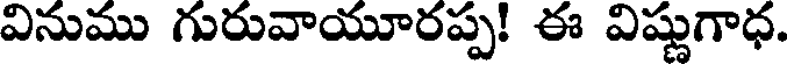
వినుము గురువాయూరప్ప! ఈ విష్ణుగాధ.